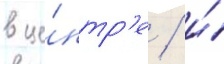
в це́нтр'е / и́